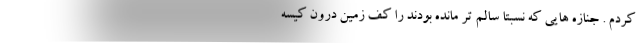
کردم . جنازه هایی که نسبتا سالم تر مانده بودند را کف زمین درون کیسه